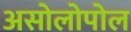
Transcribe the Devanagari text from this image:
असोलोपोल